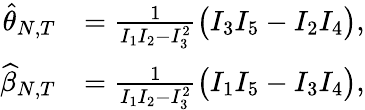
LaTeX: \begin{array}{rl}{\widehat{\theta}_{N,T}}&{=\frac{1}{I_{1}I_{2}-I_{3}^{2}}\big(I_{3}I_{5}-I_{2}I_{4}\big),}\\ {\widehat{\beta}_{N,T}}&{=\frac{1}{I_{1}I_{2}-I_{3}^{2}}\big(I_{1}I_{5}-I_{3}I_{4}\big),}\end{array}